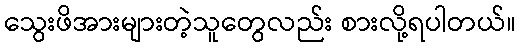
သွေးဖိအားများတဲ့သူတွေလည်း စားလို့ရပါတယ်။